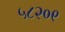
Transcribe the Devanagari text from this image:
५८२०९